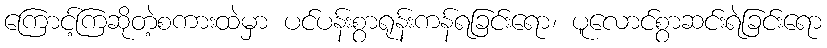
ကြောင့်ကြဆိုတဲ့စကားထဲမှာ ပင်ပန်းစွာရုန်းကန်ရခြင်းရော၊ ပူလောင်စွာဆင်းရဲခြင်းရော